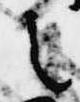
之